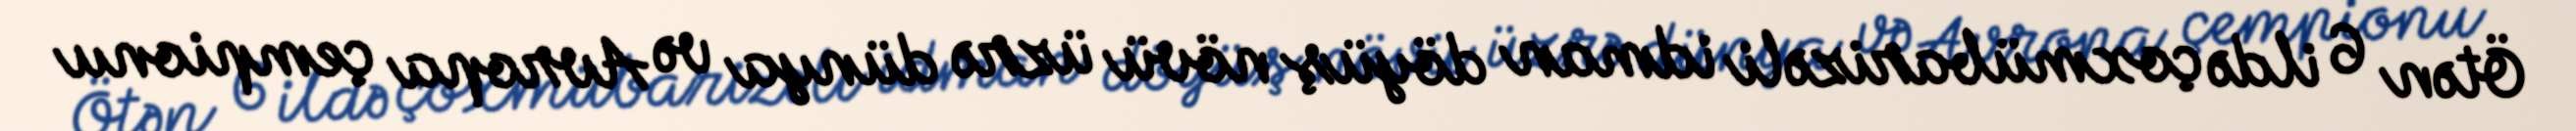
Ötən 6 ildə çoxmübarizəli idman döyüş növü üzrə dünya və Avropa çempionu